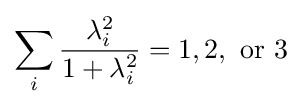
\sum _{i}{\frac {\lambda _{i}^{2}}{1+\lambda _{i}^{2}}}=1,2,\ \mathrm {or} \ 3